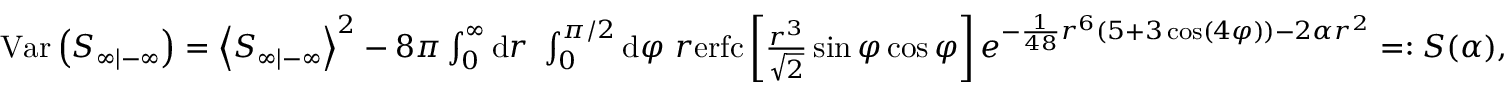
\begin{array} { r } { \mathrm { V a r } \left( S _ { \infty | - \infty } \right) = \left\langle S _ { \infty | - \infty } \right\rangle ^ { 2 } - 8 \pi \int _ { 0 } ^ { \infty } \mathrm { d } r \ \int _ { 0 } ^ { \pi / 2 } \mathrm { d } \varphi \ r \mathrm { e r f c } \left[ \frac { r ^ { 3 } } { \sqrt { 2 } } \sin \varphi \cos \varphi \right] e ^ { - \frac { 1 } { 4 8 } r ^ { 6 } ( 5 + 3 \cos ( 4 \varphi ) ) - 2 \alpha r ^ { 2 } } = : S ( \alpha ) , } \end{array}